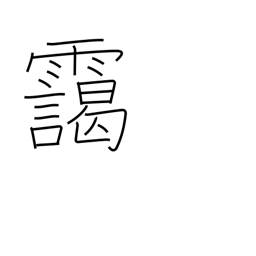
Meaning: haze